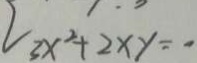
3 x ^ { 2 } + 2 x y = 0